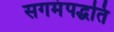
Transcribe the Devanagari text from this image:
सगमंपद्धति